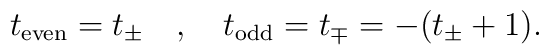
t_{{\rm even}}=t_{\pm} \quad , \quad t_{{\rm odd}}=t_{\mp}=-(t_{\pm}+1).